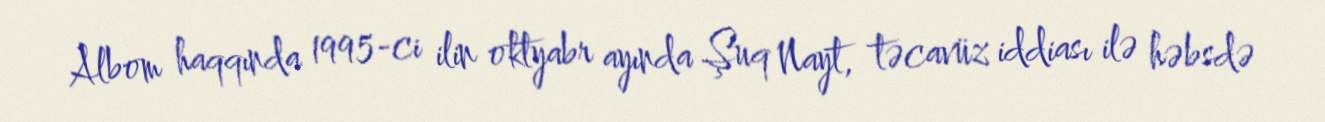
Albom haqqında 1995-ci ilin oktyabr ayında Şuq Nayt, təcavüz iddiası ilə həbsdə